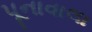
પૂનાવાલા